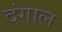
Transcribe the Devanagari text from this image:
दंगाल